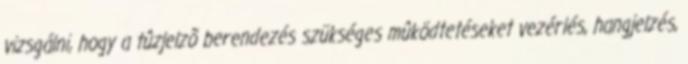
vizsgálni, hogy a tûzjelzõ berendezés szükséges mûködtetéseket vezérlés, hangjelzés,